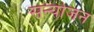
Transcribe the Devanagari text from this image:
सन्योजन